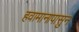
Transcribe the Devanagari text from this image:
हवामानापासुन